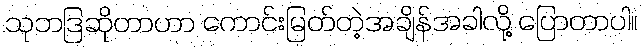
သုဘဒြဆိုတာဟာ ကောင်းမြတ်တဲ့အချိန်အခါလို့ ပြောတာပါ။